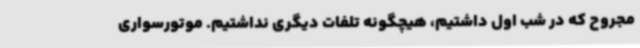
مجروح که در شب اول داشتیم، هیچگونه تلفات دیگری نداشتیم. موتورسواری